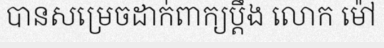
បានសម្រេចដាក់ពាក្យប្តឹង លោក ម៉ៅ